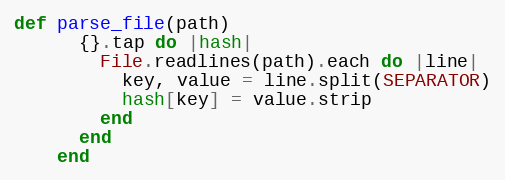
Language: Ruby
def parse_file(path)
      {}.tap do |hash|
        File.readlines(path).each do |line|
          key, value = line.split(SEPARATOR)
          hash[key] = value.strip
        end
      end
    end